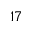
1 7